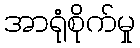
အာရုံစိုက်မှု